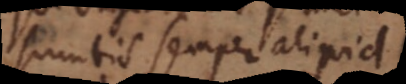
sumtis semper aliquid